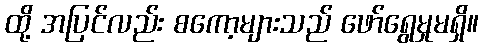
ထို့ အပြင်လည်း စကော့များသည် ဖော်ရွေမှုမရှိ။